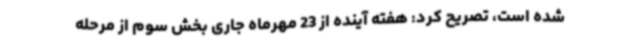
شده است، تصریح کرد: هفته آینده از 23 مهرماه جاری بخش سوم از مرحله